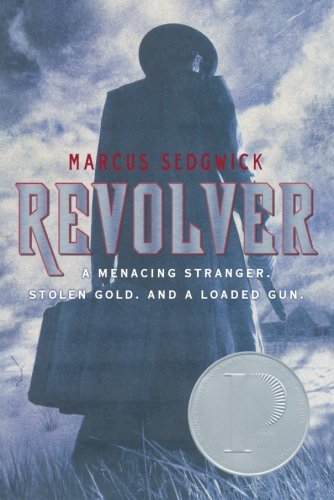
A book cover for Revolver; Marcus Sedgwick; Teen & Young Adult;